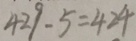
4 2 9 - 5 = 4 2 4